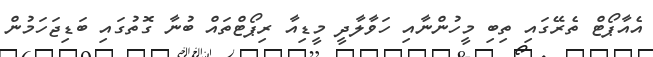
އެއާޕޯޓް ތެރޭގައި ތިބި މީހުންނާއި ހަވާލާދީ މީޑިއާ ރިޕޯޓްތައް ބުނާ ގޮތުގައި ބަޑިޖަހަމުން